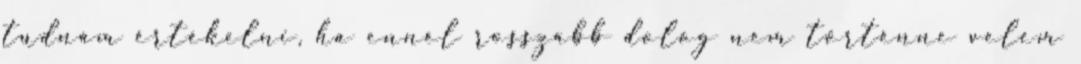
tudnám értékelni, ha ennél rosszabb dolog nem történne velem